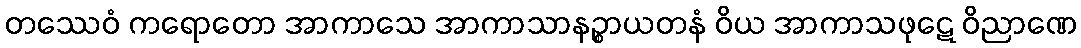
တဿေဝံ ကရောတော အာကာသေ အာကာသာနဉ္စာယတနံ ဝိယ အာကာသဖုဋေ ဝိညာဏေ